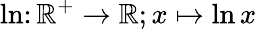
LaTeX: \ln\colon\mathbb{R}^{+}\to\mathbb{R};x\mapsto\ln x